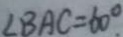
\angle B A C = 6 0 ^ { \circ } .